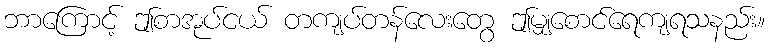
ဘာကြောင့် ဤစာအုပ်ငယ် တကျပ်တန်လေးတွေ ဤမျှစောင်ရေကျရသနည်း။